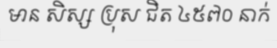
មាន សិស្ស ប្រុស ជិត ៤៥៧០ នាក់